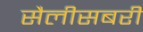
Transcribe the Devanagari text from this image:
सैलीसबरी